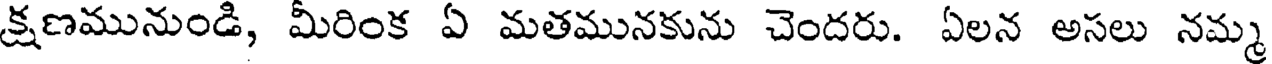
క్షణమునుండి, మీరింక ఏ మతమునకును చెందరు. ఏలన అసలు నమ్మ